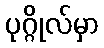
ပုဂ္ဂိုလ်မှာ